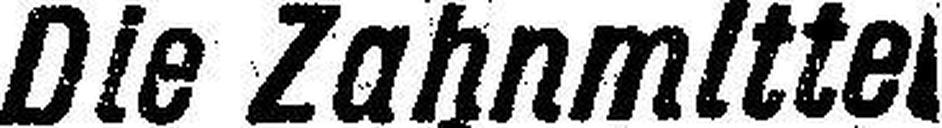
Die Zahnmittel